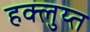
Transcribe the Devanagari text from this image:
हक्लुय्त